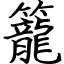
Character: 籠